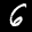
Label: 6